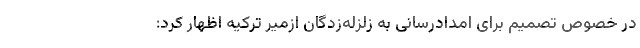
در خصوص تصمیم برای امدادرسانی به زلزله‌زدگان ازمیر ترکیه اظهار کرد: